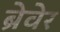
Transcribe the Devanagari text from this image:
ब्रेवेर